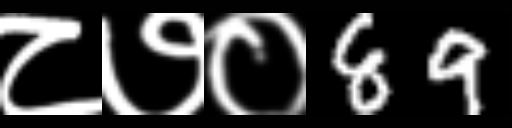
Text: ८७०89